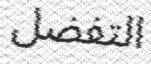
التفضل